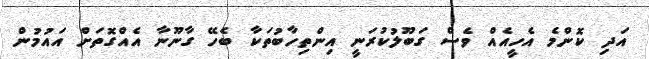
އަދި ކޮންމެ އެހީއެއް ވެސް ގަބޫލުކުރަނީ އިންތިހާބުތަކާ ބެހޭ ގާނޫނާ އެއްގޮތަށް އައުމުން